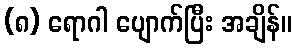
(၈) ရောဂါ ပျောက်ပြီး အချိန်။